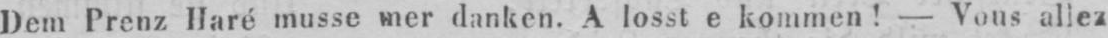
danken. A losst e kommen! - Vous allez